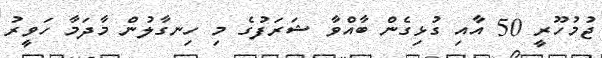
ޖުމުހޫރީ 50 އާއި ގުޅިގެން ބާއްވާ ޝަރަފުގެ މި ހިނގާލުން މާދަމާ ހަވީރު